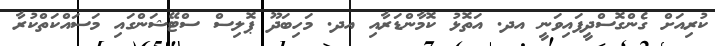
ކުރިއަށް ގެންގޮސްދީފައިވަނީ އދ. އަތޮޅު ކޮމާންޑަރާއި އދ. މަހިބަދޫ ޕޮލިސް ސްޓޭޝަންގައި މަސައްކަތްކުރާ